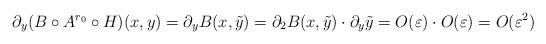
LaTeX: \begin{align*} \partial_y (B \circ A^{r_0} \circ H)(x,y) = \partial_y B(x,\tilde{y}) = \partial_2 B(x,\tilde{y}) \cdot \partial_y \tilde{y} = O(\varepsilon)\cdot O(\varepsilon) = O(\varepsilon^{2}) \end{align*}